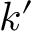
k ^ { \prime }